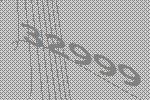
32999